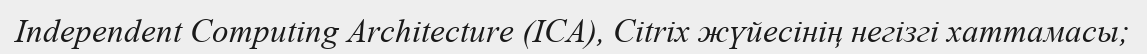
Independent Computing Architecture (ICA), Citrix жүйесінің негізгі хаттамасы;